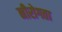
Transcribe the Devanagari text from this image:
नीरोगता